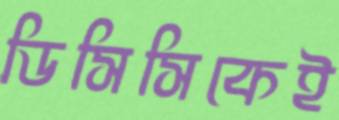
ডিসিসিকেই